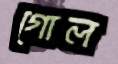
গোল